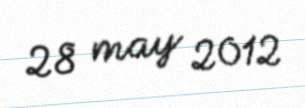
28 may 2012